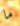
ما